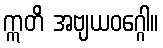
ဣတိ အဗျယဝဂ္ဂေါ။